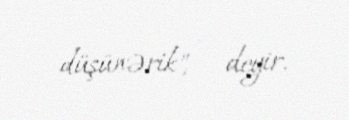
düşünərik", — deyir.